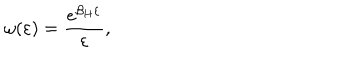
LaTeX: \omega ( \varepsilon ) = { \frac { e ^ { \beta _ { H } \varepsilon } } { \varepsilon } } ,